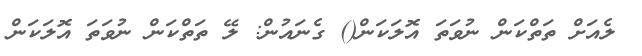
ލެއަށް ތަތްކަން ނުވަތަ އޮލަކަން() ގެނައުން: ލޭ ތަތްކަން ނުވަތަ އޮލަކަން